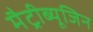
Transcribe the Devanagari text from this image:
मैट्रीब्यूजिन